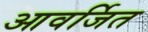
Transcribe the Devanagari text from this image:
आवर्जित